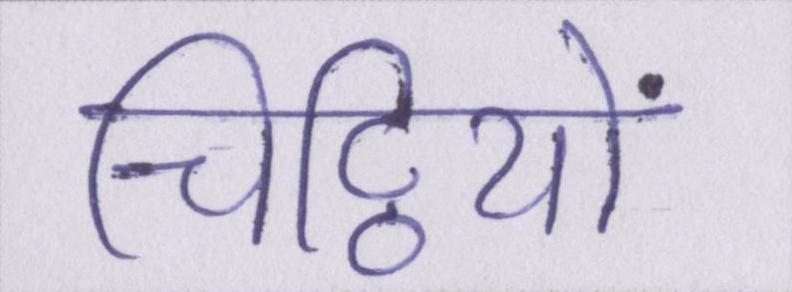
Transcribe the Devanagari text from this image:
चिट्ठियों